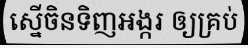
ស្នើចិនទិញអង្ករ ឲ្យគ្រប់